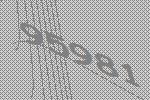
95981